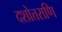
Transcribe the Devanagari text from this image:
दशोत्तराणि